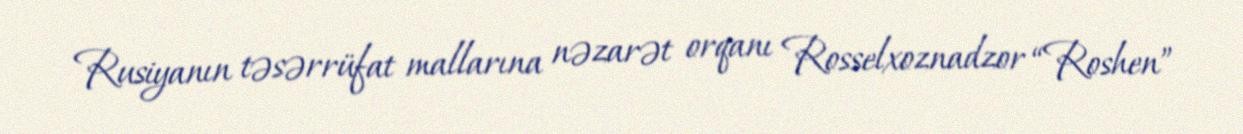
Rusiyanın təsərrüfat mallarına nəzarət orqanı Rosselxoznadzor “Roshen”